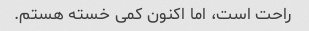
راحت است، اما اکنون کمی خسته هستم.